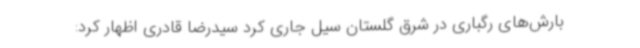
بارش‌های رگباری در شرق گلستان سیل جاری کرد سیدرضا قادری اظهار کرد: